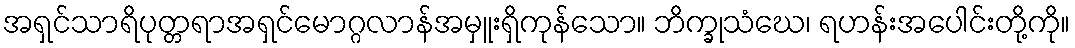
အရှင်သာရိပုတ္တရာအရှင်မောဂ္ဂလာန်အမှူးရှိကုန်သော။ ဘိက္ခုသံဃေ၊ ရဟန်းအပေါင်းတို့ကို။